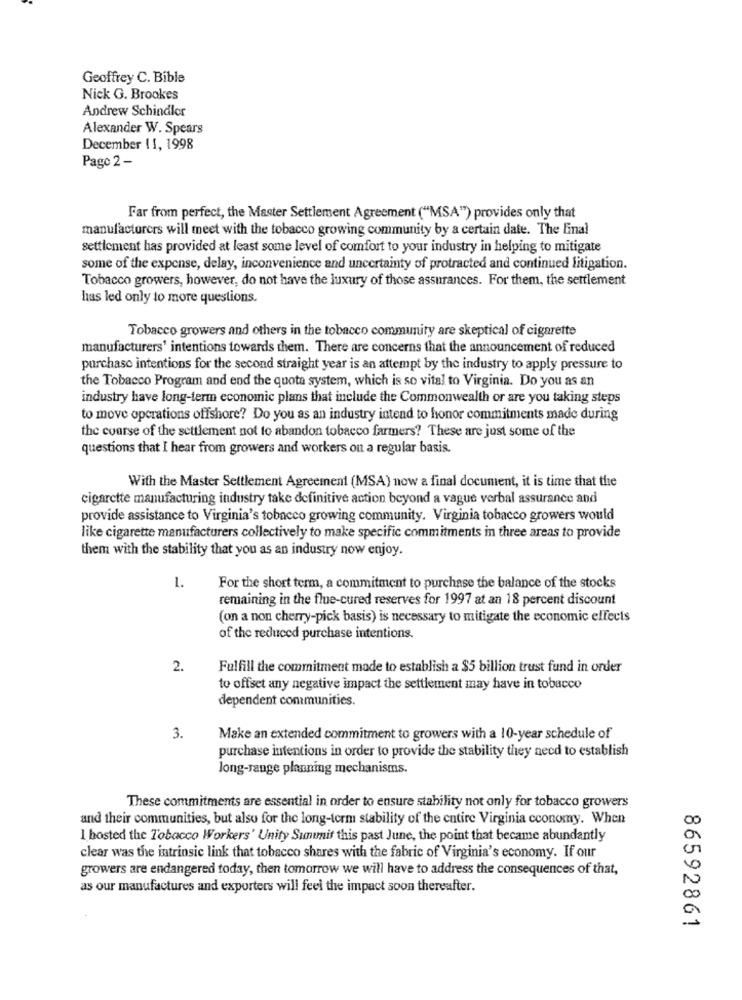
Geoffrey C. Bible
Nick G. Brookes
Andrew Schindler
Alexander W. Spears
December 11, 1998
Pago 2 -
Far from perfect, the Master Settlement Agreement ("MSA") provides only that
manufacturers will meet with the tobacco growing community by a certain date. The Final
settlement has provided at least some level of comfort to your industry in helping to mitigate
some of the expense, delay, inconvenience and uncertainty of protracted and continued litigation.
Tobacco growers, however, do not have the luxury of those assurances. For them, the settlement
has led only to more questions.
Tobacco growers and others in the tobacco community are skeptical of cigarette
manufacturers' intentions towards them. There are concerns that the announcement of reduced
purchase intentions for the second straight year is an attempt by the industry to apply pressure to
the Tobacco Program and end the quota system, which is so vital to Virginia. Do you as an
industry have long-term economic plans that include the Commonwealth or are you taking steps
to move operations offshore? Do you as an industry intend to honor commitments made during
the course of the settlement not to abandon tobacco farmers? These are just some of the
questions that I hear from growers and workers on a regular basis.
With the Master Settlement Agreement (MSA) now a final document, it is time that the
cigarette manufacturing industry take definitive action beyond a vague verbal assurance and
provide assistance to Virginia's tobacco growing community. Virginia tobacco growers would
like cigarette manufacturers collectively to make specific commitments in three areas to provide
them with the stability that you as an industry now enjoy.
1.
For the short term, a commitment to purchase the balance of the stocks
remaining in the flue-cured reserves for 1997 at an 18 percent discount
(on a non cherry-pick basis) is necessary to mitigate the economic effects
of the reduced purchase intentions.
2.
Fulfill the commitment made to establish a $5 billion trust fund in order
to offset any negative impact the settlement may have in tobacco
dependent communities.
3.
Make an extended commitment to growers with a 10-year schedule of
purchase intentions in order to provide the stability they need to establish
long-range planning mechanisms.
These commitments are essential in order to ensure stability not only for tobacco growers
and their communities, but also for the long-term stability of the entire Virginia economy. When
I hosted the Tobacco Workers' Unity Summit this past June, the point that became abundantly
clear was the intrinsic link that tobacco shares with the fabric of Virginia's economy. If our
growers are endangered today, then tomorrow we will have to address the consequences of that,
0
as our manufactures and exporters will feel the impact soon thereafter.
9
86592861